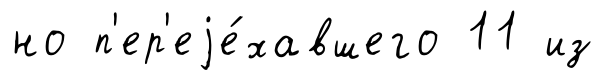
но п'ер'еjе́хавшего 11 из